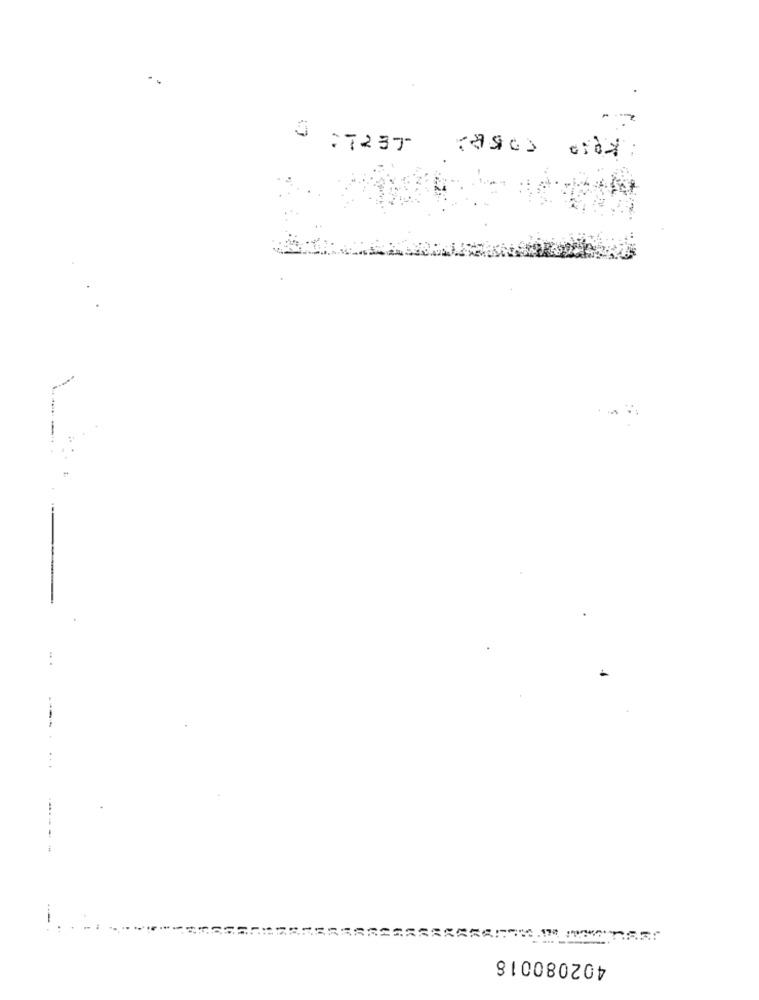
ت
:1237
cases diix
402080018